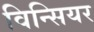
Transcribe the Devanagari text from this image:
विन्सियर